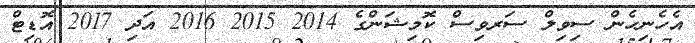
އެހެނިހެން ސިވިލް ސަރވިސް ކޮމިޝަންގެ 2014 2015 2016 އަދި 2017 އޮޑިޓް